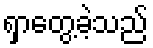
ရှာတွေ့ခဲ့သည်